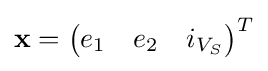
\mathbf {x} ={\begin{pmatrix}e_{1}&e_{2}&i_{V_{S}}\end{pmatrix}}^{T}